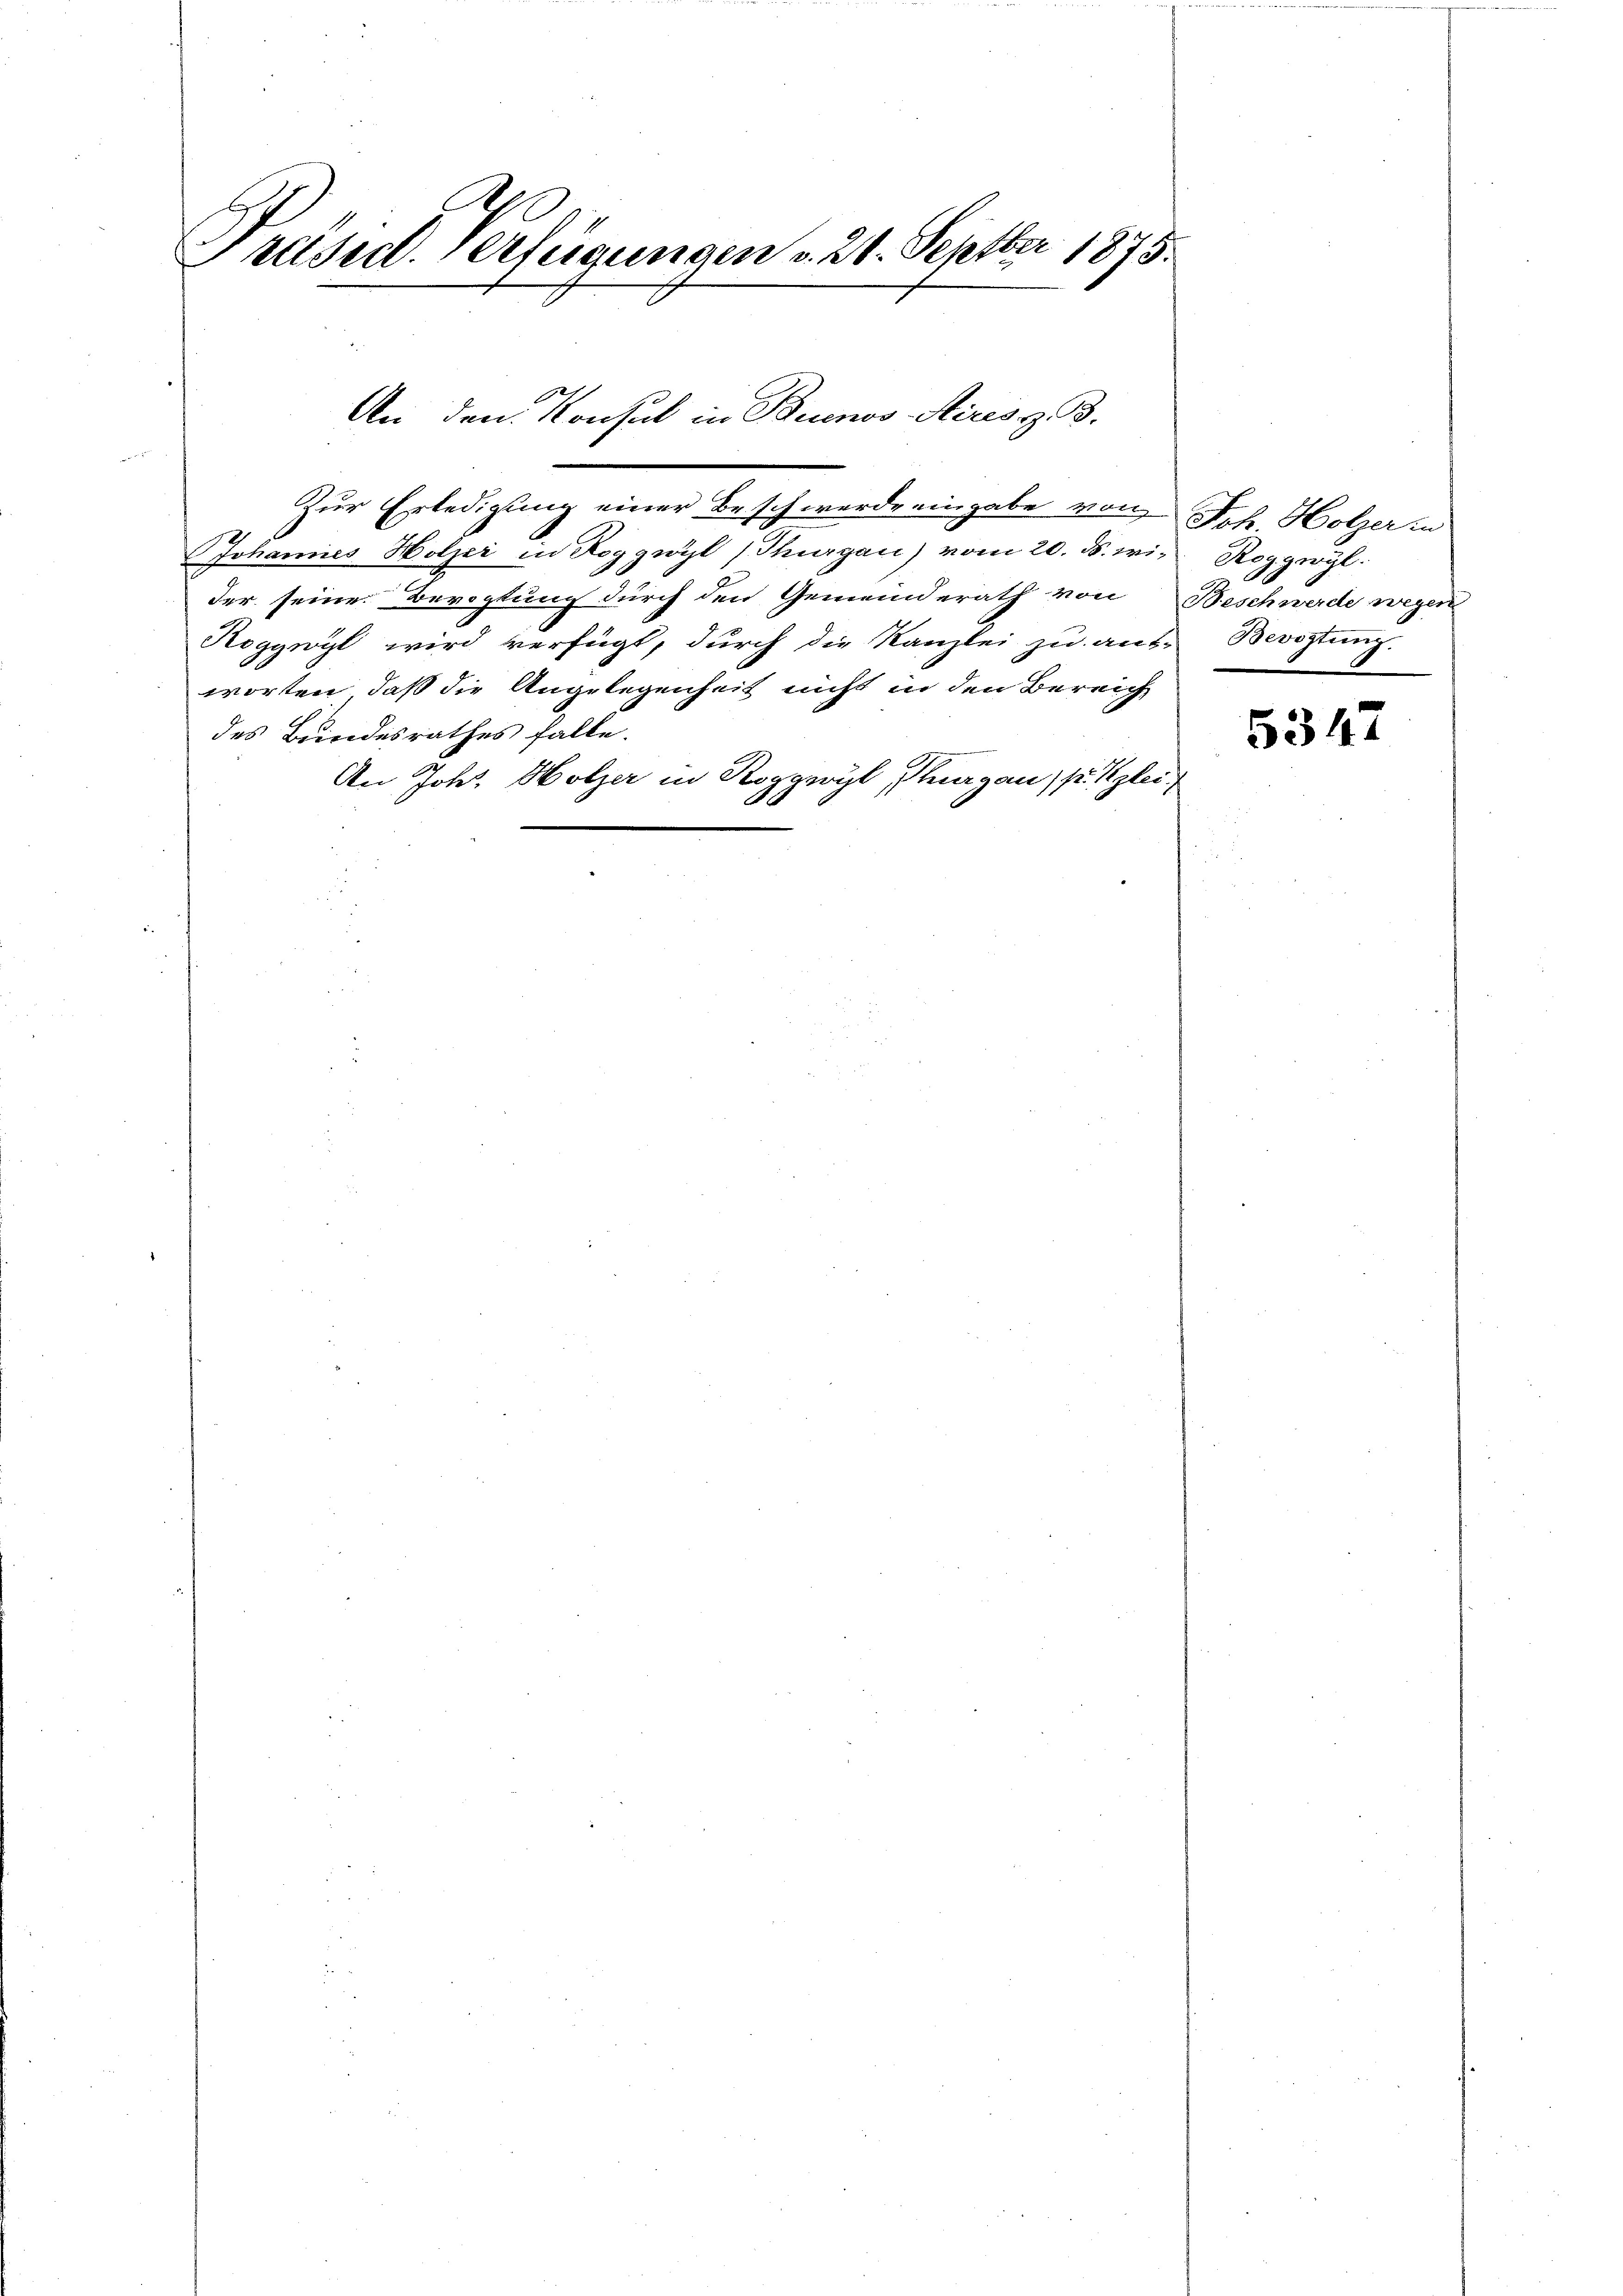
Präsid. Verfügungen v. 26. Septber 1875.

Zur Erledigung einer Beschwerde eingabe von Joh. Holzer in
Johannes Holzer in Roggwyl (Thurgau) vom 20. ds. wider seine Bevogtung durch den Gemeinderath von Beschwerde wegen
Roggwyl wird verfügt, durch die Kanzlei zu ant-
worten, daß die Angelegenheit nicht in den Bereich
des Bundesrathes falle.
An Johs. Holzer in Kornwyl, Thurgau, p. glei
A

2
An den Konsul in Buenos Aires z. B.
.

Roggreyl.
Bevogtung.

5347